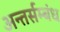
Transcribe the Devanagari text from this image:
अन्तर्सम्बंध